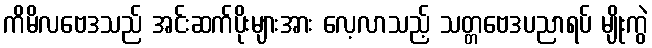
ကိမိလဗေဒသည် အင်းဆက်ပိုးများအား လေ့လာသည့် သတ္တဗေဒပညာရပ် မျိုးကွဲ